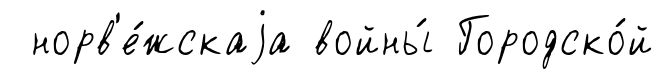
норв'е́жскаjа войны́ Городско́й